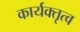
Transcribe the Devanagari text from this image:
कार्यक्तृत्व